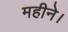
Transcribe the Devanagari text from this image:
महीने।